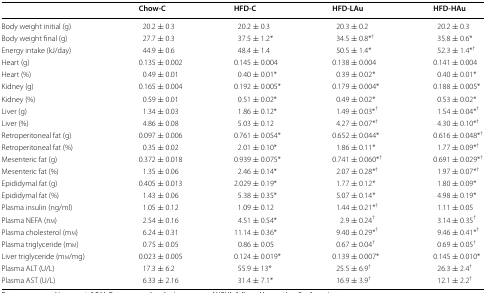
<table><thead><tr><td></td><td><b>Chow-C</b></td><td><b>HFD-C</b></td><td><b>HFD-LAu</b></td><td><b>HFD-HAu</b></td></tr></thead><tbody><tr><td>Body weight initial (g)</td><td>20.2 ± 0.3</td><td>20.2 ± 0.3</td><td>20.3 ± 0.2</td><td>20.2 ± 0.3</td></tr><tr><td>Body weight final (g)</td><td>27.7 ± 0.3</td><td>37.5 ± 1.2*</td><td>34.5 ± 0.8*<sup>†</sup></td><td>35.8 ± 0.6*</td></tr><tr><td>Energy intake (kJ/day)</td><td>44.9 ± 0.6</td><td>48.4 ± 1.4</td><td>50.5 ± 1.4*</td><td>52.3 ± 1.4*<sup>†</sup></td></tr><tr><td>Heart (g)</td><td>0.135 ± 0.002</td><td>0.145 ± 0.004</td><td>0.138 ± 0.004</td><td>0.141 ± 0.004</td></tr><tr><td>Heart (%)</td><td>0.49 ± 0.01</td><td>0.40 ± 0.01*</td><td>0.39 ± 0.02*</td><td>0.40 ± 0.01*</td></tr><tr><td>Kidney (g)</td><td>0.165 ± 0.004</td><td>0.192 ± 0.005*</td><td>0.179 ± 0.004*</td><td>0.188 ± 0.005*</td></tr><tr><td>Kidney (%)</td><td>0.59 ± 0.01</td><td>0.51 ± 0.02*</td><td>0.49 ± 0.02*</td><td>0.53 ± 0.02*</td></tr><tr><td>Liver (g)</td><td>1.34 ± 0.03</td><td>1.86 ± 0.12*</td><td>1.49 ± 0.03*<sup>†</sup></td><td>1.54 ± 0.04*<sup>†</sup></td></tr><tr><td>Liver (%)</td><td>4.86 ± 0.08</td><td>5.03 ± 0.12</td><td>4.27 ± 0.07*<sup>†</sup></td><td>4.30 ± 0.10*<sup>†</sup></td></tr><tr><td>Retroperitoneal fat (g)</td><td>0.097 ± 0.006</td><td>0.761 ± 0.054*</td><td>0.652 ± 0.044*</td><td>0.616 ± 0.048*<sup>†</sup></td></tr><tr><td>Retroperitoneal fat (%)</td><td>0.35 ± 0.02</td><td>2.01 ± 0.10*</td><td>1.86 ± 0.11*</td><td>1.77 ± 0.09*<sup>†</sup></td></tr><tr><td>Mesenteric fat (g)</td><td>0.372 ± 0.018</td><td>0.939 ± 0.075*</td><td>0.741 ± 0.060*<sup>†</sup></td><td>0.691 ± 0.029*<sup>†</sup></td></tr><tr><td>Mesenteric fat (%)</td><td>1.35 ± 0.06</td><td>2.46 ± 0.14*</td><td>2.07 ± 0.28*<sup>†</sup></td><td>1.97 ± 0.07*<sup>†</sup></td></tr><tr><td>Epididymal fat (g)</td><td>0.405 ± 0.013</td><td>2.029 ± 0.19*</td><td>1.77 ± 0.12*</td><td>1.80 ± 0.09*</td></tr><tr><td>Epididymal fat (%)</td><td>1.43 ± 0.06</td><td>5.38 ± 0.35*</td><td>5.07 ± 0.14*</td><td>4.98 ± 0.19*</td></tr><tr><td>Plasma insulin (ng/ml)</td><td>1.05 ± 0.12</td><td>1.09 ± 0.12</td><td>1.44 ± 0.21*<sup>†</sup></td><td>1.11 ± 0.05</td></tr><tr><td>Plasma NEFA (nm)</td><td>2.54 ± 0.16</td><td>4.51 ± 0.54*</td><td>2.9 ± 0.24<sup>†</sup></td><td>3.14 ± 0.35<sup>†</sup></td></tr><tr><td>Plasma cholesterol (mm)</td><td>6.24 ± 0.31</td><td>11.14 ± 0.36*</td><td>9.40 ± 0.29*<sup>†</sup></td><td>9.46 ± 0.41*<sup>†</sup></td></tr><tr><td>Plasma triglyceride (mm)</td><td>0.75 ± 0.05</td><td>0.86 ± 0.05</td><td>0.67 ± 0.04<sup>†</sup></td><td>0.69 ± 0.05<sup>†</sup></td></tr><tr><td>Liver triglyceride (mm/mg)</td><td>0.023 ± 0.005</td><td>0.124 ± 0.019*</td><td>0.139 ± 0.007*</td><td>0.145 ± 0.010*</td></tr><tr><td>Plasma ALT (U/L)</td><td>17.3 ± 6.2</td><td>55.9 ± 13*</td><td>25.5 ± 6.9<sup>†</sup></td><td>26.3 ± 2.4<sup>†</sup></td></tr><tr><td>Plasma AST (U/L)</td><td>6.33 ± 2.16</td><td>31.4 ± 7.1*</td><td>16.9 ± 3.9<sup>†</sup></td><td>12.1 ± 2.2<sup>†</sup></td></tr></tbody></table>